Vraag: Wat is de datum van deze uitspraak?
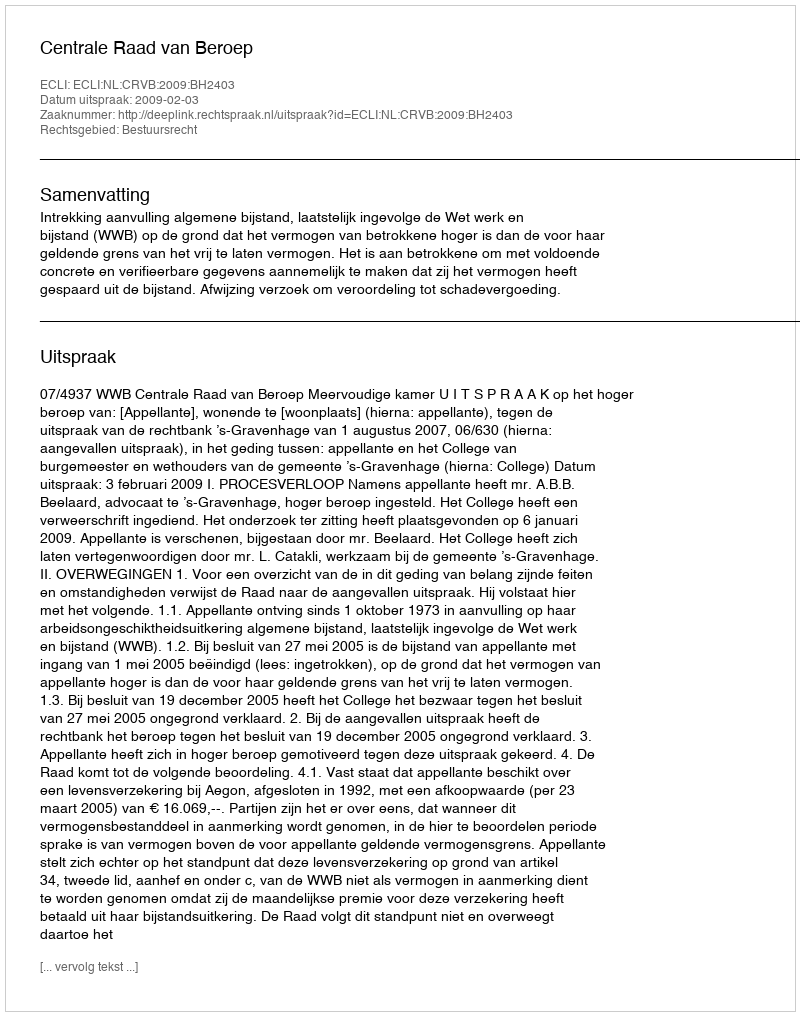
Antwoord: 2009-02-03